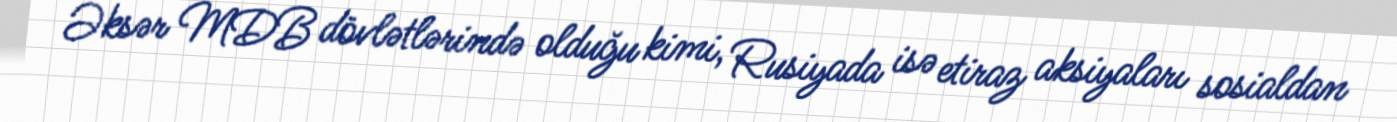
Əksər MDB dövlətlərində olduğu kimi, Rusiyada isə etiraz aksiyaları sosialdan